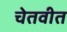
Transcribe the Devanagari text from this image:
चेतवीत